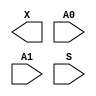
module sky130_fd_sc_hd__udp_mux_2to1 (
    X ,
    A0,
    A1,
    S
);

    output X ;
    input  A0;
    input  A1;
    input  S ;
endmodule